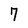
Character: 7